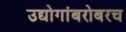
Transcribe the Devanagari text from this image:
उद्योगांबरोबरच